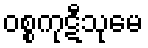
ဝစ္စကုဋီသုမေ